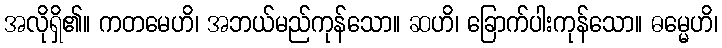
အလိုရှိ၏။ ကတမေဟိ၊ အဘယ်မည်ကုန်သော။ ဆဟိ၊ ခြောက်ပါးကုန်သော။ ဓမ္မေဟိ၊